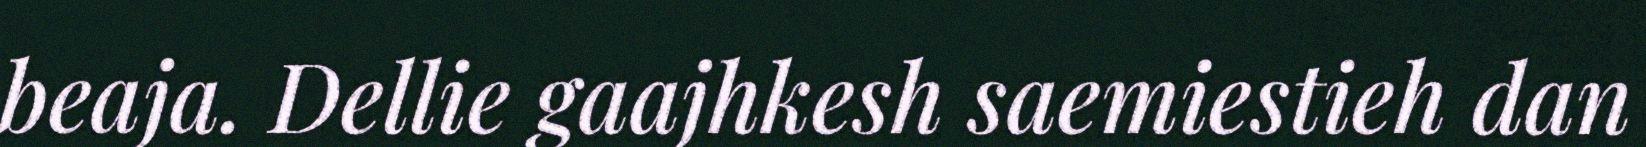
beaja. Dellie gaajhkesh saemiestieh dan